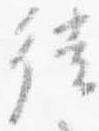
徙